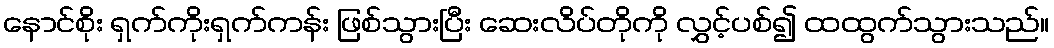
နောင်စိုး ရှက်ကိုးရှက်ကန်း ဖြစ်သွားပြီး ဆေးလိပ်တိုကို လွှင့်ပစ်၍ ထထွက်သွားသည်။